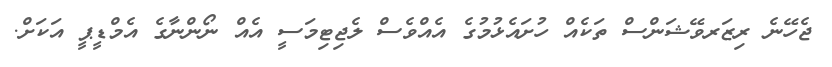
ޖެހޭނެ ރިޒަރވޭޝަންސް ތަކެއް ހުށައެޅުމުގެ އެއްވެސް ލެޖިޓިމަސީ އެއް ނޯންނާގެ އެމްޑީޕީ އަކަށް.